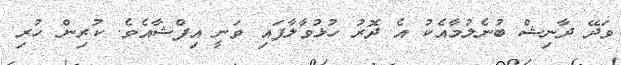
ވަދޭ ދާނިޝް ބުނެލުމާއެކު އެ ދޮރު ހުޅުވާލާފައި ވަނީ އިފްޝާއެވެ. ކުރިން ހުރި